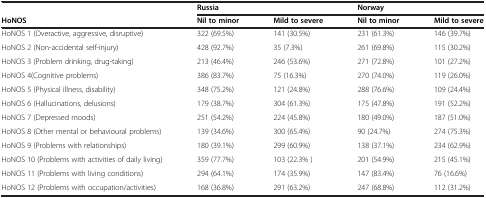
<table><thead><tr><td><b> </b></td><td><b>Russia</b></td><td><b> </b></td><td><b>Norway</b></td><td><b> </b></td></tr><tr><td><b>HoNOS</b></td><td><b>Nil to minor</b></td><td><b>Mild to severe</b></td><td><b>Nil to minor</b></td><td><b>Mild to severe</b></td></tr></thead><tbody><tr><td>HoNOS 1 (Overactive, aggressive, disruptive)</td><td>322 (69.5%)</td><td>141 (30.5%)</td><td>231 (61.3%)</td><td>146 (39.7%)</td></tr><tr><td>HoNOS 2 (Non-accidental self-injury)</td><td>428 (92.7%)</td><td>35 (7.3%)</td><td>261 (69.8%)</td><td>115 (30.2%)</td></tr><tr><td>HoNOS 3 (Problem drinking, drug-taking)</td><td>213 (46.4%)</td><td>246 (53.6%)</td><td>271 (72.8%)</td><td>101 (27.2%)</td></tr><tr><td>HoNOS 4(Cognitive problems)</td><td>386 (83.7%)</td><td>75 (16.3%)</td><td>270 (74.0%)</td><td>119 (26.0%)</td></tr><tr><td>HoNOS 5 (Physical illness, disability)</td><td>348 (75.2%)</td><td>121 (24.8%)</td><td>288 (76.6%)</td><td>109 (24.4%)</td></tr><tr><td>HoNOS 6 (Hallucinations, delusions)</td><td>179 (38.7%)</td><td>304 (61.3%)</td><td>175 (47.8%)</td><td>191 (52.2%)</td></tr><tr><td>HoNOS 7 (Depressed moods)</td><td>251 (54.2%)</td><td>224 (45.8%)</td><td>180 (49.0%)</td><td>187 (51.0%)</td></tr><tr><td>HoNOS 8 (Other mental or behavioural problems)</td><td>139 (34.6%)</td><td>300 (65.4%)</td><td>90 (24.7%)</td><td>274 (75.3%)</td></tr><tr><td>HoNOS 9 (Problems with relationships)</td><td>180 (39.1%)</td><td>299 (60.9%)</td><td>138 (37.1%)</td><td>234 (62.9%)</td></tr><tr><td>HoNOS 10 (Problems with activities of daily living)</td><td>359 (77.7%)</td><td>103 (22.3% )</td><td>201 (54.9%)</td><td>215 (45.1%)</td></tr><tr><td>HoNOS 11 (Problems with living conditions)</td><td>294 (64.1%)</td><td>174 (35.9%)</td><td>147 (83.4%)</td><td>76 (16.6%)</td></tr><tr><td>HoNOS 12 (Problems with occupation/activities)</td><td>168 (36.8%)</td><td>291 (63.2%)</td><td>247 (68.8%)</td><td>112 (31.2%)</td></tr></tbody></table>